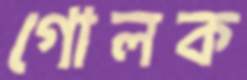
গোলক